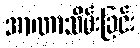
အာဏာသိမ်းခြင်း